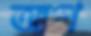
আশ